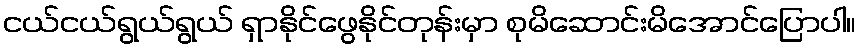
ငယ်ငယ်ရွယ်ရွယ် ရှာနိုင်ဖွေနိုင်တုန်းမှာ စုမိဆောင်းမိအောင်ပြောပါ။